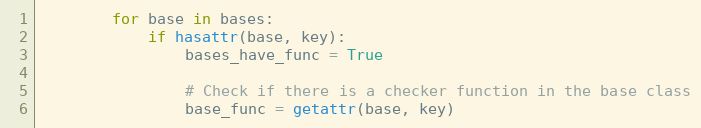
Language: Python
        for base in bases:
            if hasattr(base, key):
                bases_have_func = True

                # Check if there is a checker function in the base class
                base_func = getattr(base, key)